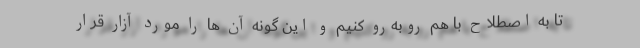
تا به اصطلاح با هم روبه‌رو کنیم و این گونه آن ها را مورد آزار قرار